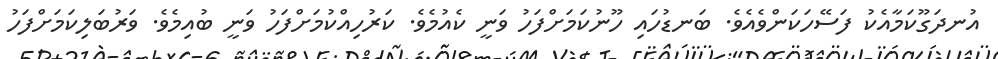
އުނދަގޫކަމާއެކު ފަސޭހަކަންވެއެވެ. ބަނޑުހައި ހޫނުކަމަށްފަހު ވަނީ ކެއުމެވެ. ކަރުހިއްކުމަށްފަހު ވަނީ ބުއިމެވެ. ވަރުބަލިކަމަށްފަހު